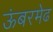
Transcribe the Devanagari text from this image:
ऊंबरमेढ